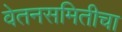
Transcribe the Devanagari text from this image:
वेतनसमितीचा